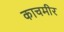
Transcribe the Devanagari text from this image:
काचमीर